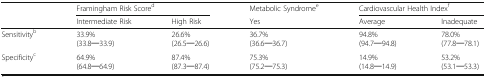
|  | <COLSPAN=2> Framingham Risk Scored | Metabolic Syndromee | <COLSPAN=2> Cardiovascular Health Indexf |
 |  | Intermediate Risk | High Risk | Yes | Average | Inadequate |
 | --- | --- | --- | --- | --- | --- |
 | Sensitivityb | 33.9%(33.8─33.9) | 26.6%(26.5─26.6) | 36.7%(36.6─36.7) | 94.8%(94.7─94.8) | 78.0%(77.8─78.1) |
 | Specificityc | 64.9%(64.8─64.9) | 87.4%(87.3─87.4) | 75.3%(75.2─75.3) | 14.9%(14.8─14.9) | 53.2%(53.1─53.3) |